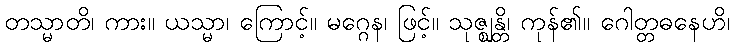
တသ္မာတိ၊ ကား။ ယသ္မာ၊ ကြောင့်။ မဂ္ဂေန၊ ဖြင့်။ သုဇ္ဈန္တိ၊ ကုန်၏။ ဂေါတ္တဓနေဟိ၊